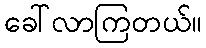
ခေါ်လာကြတယ်။